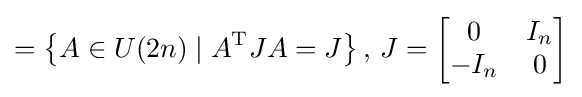
=\left\{A\in U(2n)\mid A^{\mathrm {T} }JA=J\right\},\,J={\begin{bmatrix}0&I_{n}\\-I_{n}&0\end{bmatrix}}